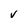
Character: v